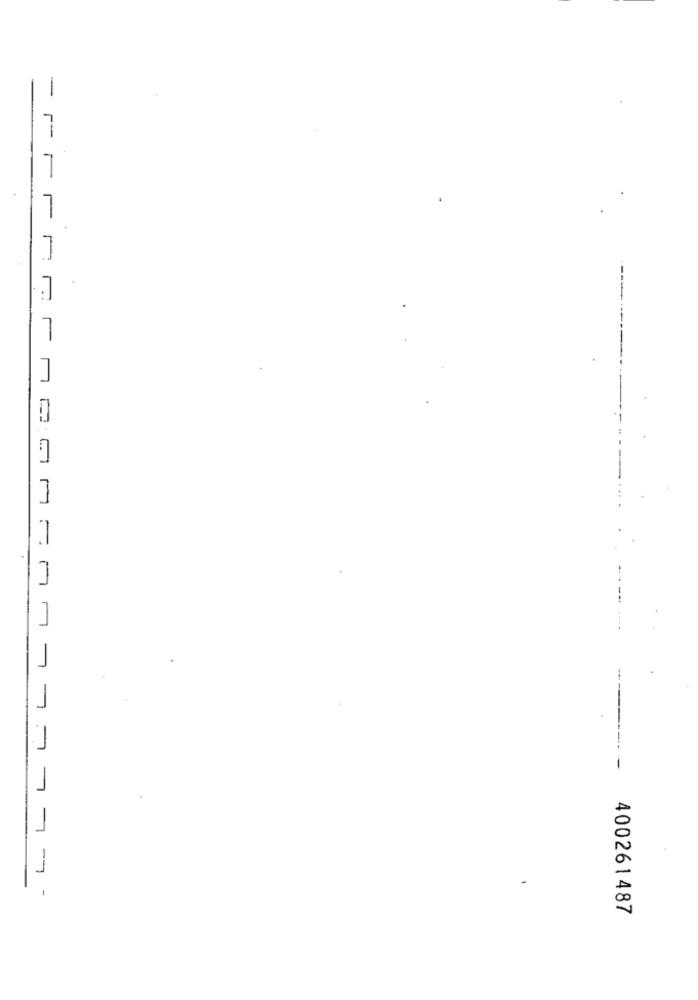
- -- -
11
.7
1
7
7
نـا
-
ـا
-
- L- L-
7
400261487